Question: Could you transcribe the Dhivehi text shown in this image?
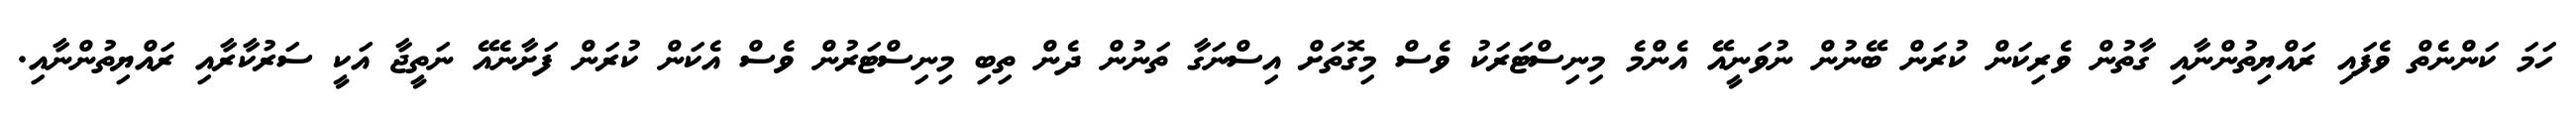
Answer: ހަމަ ކަންނެތް ވެފައި ރައްޔިތުންނާއި ގާތުން ވެރިކަން ކުރަން ބޭނުން ނުވަނީއޭ އެންމެ މިނިސްޓަރަކު ވެސް މިގޮތަށް އިސްނަގާ ތަނުން ދެން ތިބި މިނިސްޓަރުން ވެސް އެކަން ކުރަން ފަށާނެއޭ ނަތީޖާ އަކީ ސަރުކާރާއި ރައްޔިތުންނާއި.